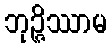
ဘုဉ္ဇိဿာမ